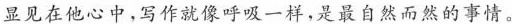
显见在他心中，写作就像呼吸一样，是最自然而然的事情。